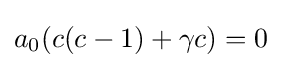
a_{0}(c(c-1)+\gamma c)=0